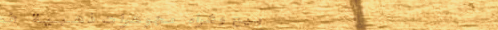
بيع وشراء مجوهرات ذهبية ف